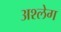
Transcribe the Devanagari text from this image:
अश्लेग